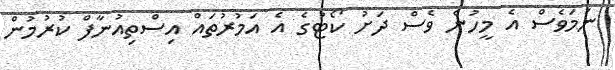
ނަމަވެސް އެ މީހުން ވެސް ދަށު ކޯޓުގެ އެ އަމުރުތައް އިސްތިއުނާފް ކުރުމުން